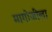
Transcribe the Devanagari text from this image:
मागोजीला